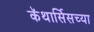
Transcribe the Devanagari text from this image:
कॅथार्सिसच्या